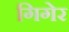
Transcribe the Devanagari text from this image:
गिगेर